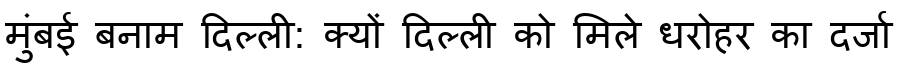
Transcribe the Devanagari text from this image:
मुंबई बनाम दिल्ली: क्यों दिल्ली को मिले धरोहर का दर्जा